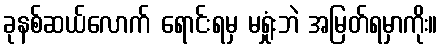
ခုနစ်ဆယ်လောက် ရောင်းရမှ မရှုံးဘဲ အမြတ်ရမှာကိုး။